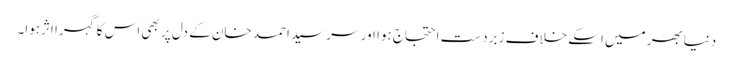
دنیابھر میں اسکے خلاف زبردست احتجاج ہوا اور سرسید احمد خان کے دل پر بھی اس کا گہرا اثرہوا۔